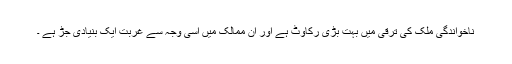
ناخواندگی ملک کی ترقی میں بہت بڑی رکاوٹ ہے اور ان ممالک میں اسی وجہ سے غربت ایک بنیادی جڑ ہے ۔